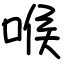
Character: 喉